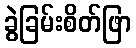
ခွဲခြမ်းစိတ်ဖြာ